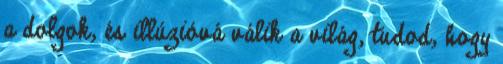
a dolgok, és illúzióvá válik a világ, tudod, hogy